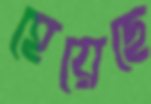
হেয়েছে